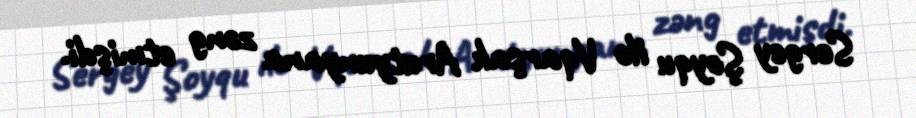
Sergey Şoyqu ilə Vqarşak Arutyunyana zəng etmişdi.